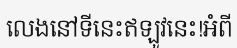
លេងនៅទីនេះឥឡូវនេះ!អំពី